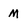
Character: M